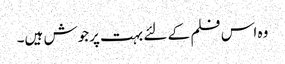
وہ اس فلم کے لئے بہت پرجوش ہیں۔